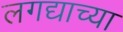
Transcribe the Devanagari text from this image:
लगद्याच्या